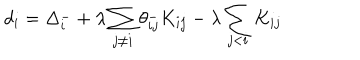
d _ { i } = \Delta _ { i } ^ { - } + \lambda \sum _ { j \neq i } \theta _ { i j } ^ { - } K _ { i j } - \lambda \sum _ { j < i } K _ { i j }